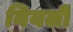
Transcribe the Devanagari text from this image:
नियर्ली